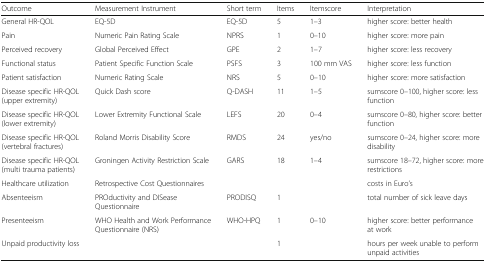
<table><thead><tr><td><b>Outcome</b></td><td><b>Measurement Instrument</b></td><td><b>Short term</b></td><td><b>Items</b></td><td><b>Itemscore</b></td><td><b>Interpretation</b></td></tr></thead><tbody><tr><td>General ﻿HR-QOL</td><td>EQ-5D</td><td>EQ-5D</td><td>5</td><td>1–3</td><td>higher score: better health</td></tr><tr><td>Pain</td><td>Numeric Pain Rating Scale</td><td>NPRS</td><td>1</td><td>0–10</td><td>higher score: more pain</td></tr><tr><td>Perceived recovery</td><td>Global Perceived Effect</td><td>GPE</td><td>2</td><td>1–7</td><td>higher score: less recovery</td></tr><tr><td>Functional status</td><td>Patient Specific Function Scale</td><td>PSFS</td><td>3</td><td>100 mm VAS</td><td>higher score: less function</td></tr><tr><td>Patient satisfaction</td><td>Numeric Rating Scale</td><td>NRS</td><td>5</td><td>0–10</td><td>higher score: more satisfaction</td></tr><tr><td>Disease specific HR-QOL (upper extremity)</td><td>Quick Dash score</td><td>Q-DASH</td><td>11</td><td>1–5</td><td>sumscore 0–100, higher score: less function</td></tr><tr><td>Disease specific HR-QOL (lower extremity)</td><td>Lower Extremity Functional Scale</td><td>LEFS</td><td>20</td><td>0–4</td><td>sumscore 0–80, higher score: better function</td></tr><tr><td>Disease specific HR-QOL (vertebral fractures)</td><td>Roland Morris Disability Score</td><td>RMDS</td><td>24</td><td>yes/no</td><td>sumscore 0–24, higher score: more disability</td></tr><tr><td>Disease specific HR-QOL (multi trauma patients)</td><td>Groningen Activity Restriction Scale</td><td>GARS</td><td>18</td><td>1–4</td><td>sumscore 18–72, higher score: more restrictions</td></tr><tr><td>Healthcare utilization</td><td>Retrospective Cost Questionnaires</td><td></td><td></td><td></td><td>costs in Euro’s</td></tr><tr><td>Absenteeism</td><td>PROductivity and DISease Questionnaire</td><td>PRODISQ</td><td>1</td><td></td><td>total number of sick leave days</td></tr><tr><td>Presenteeism</td><td>WHO Health and Work Performance Questionnaire (NRS)</td><td>WHO-HPQ</td><td>1</td><td>0–10</td><td>higher score: better performance at work</td></tr><tr><td>Unpaid productivity loss</td><td></td><td></td><td>1</td><td></td><td>hours per week unable to perform unpaid activities</td></tr></tbody></table>